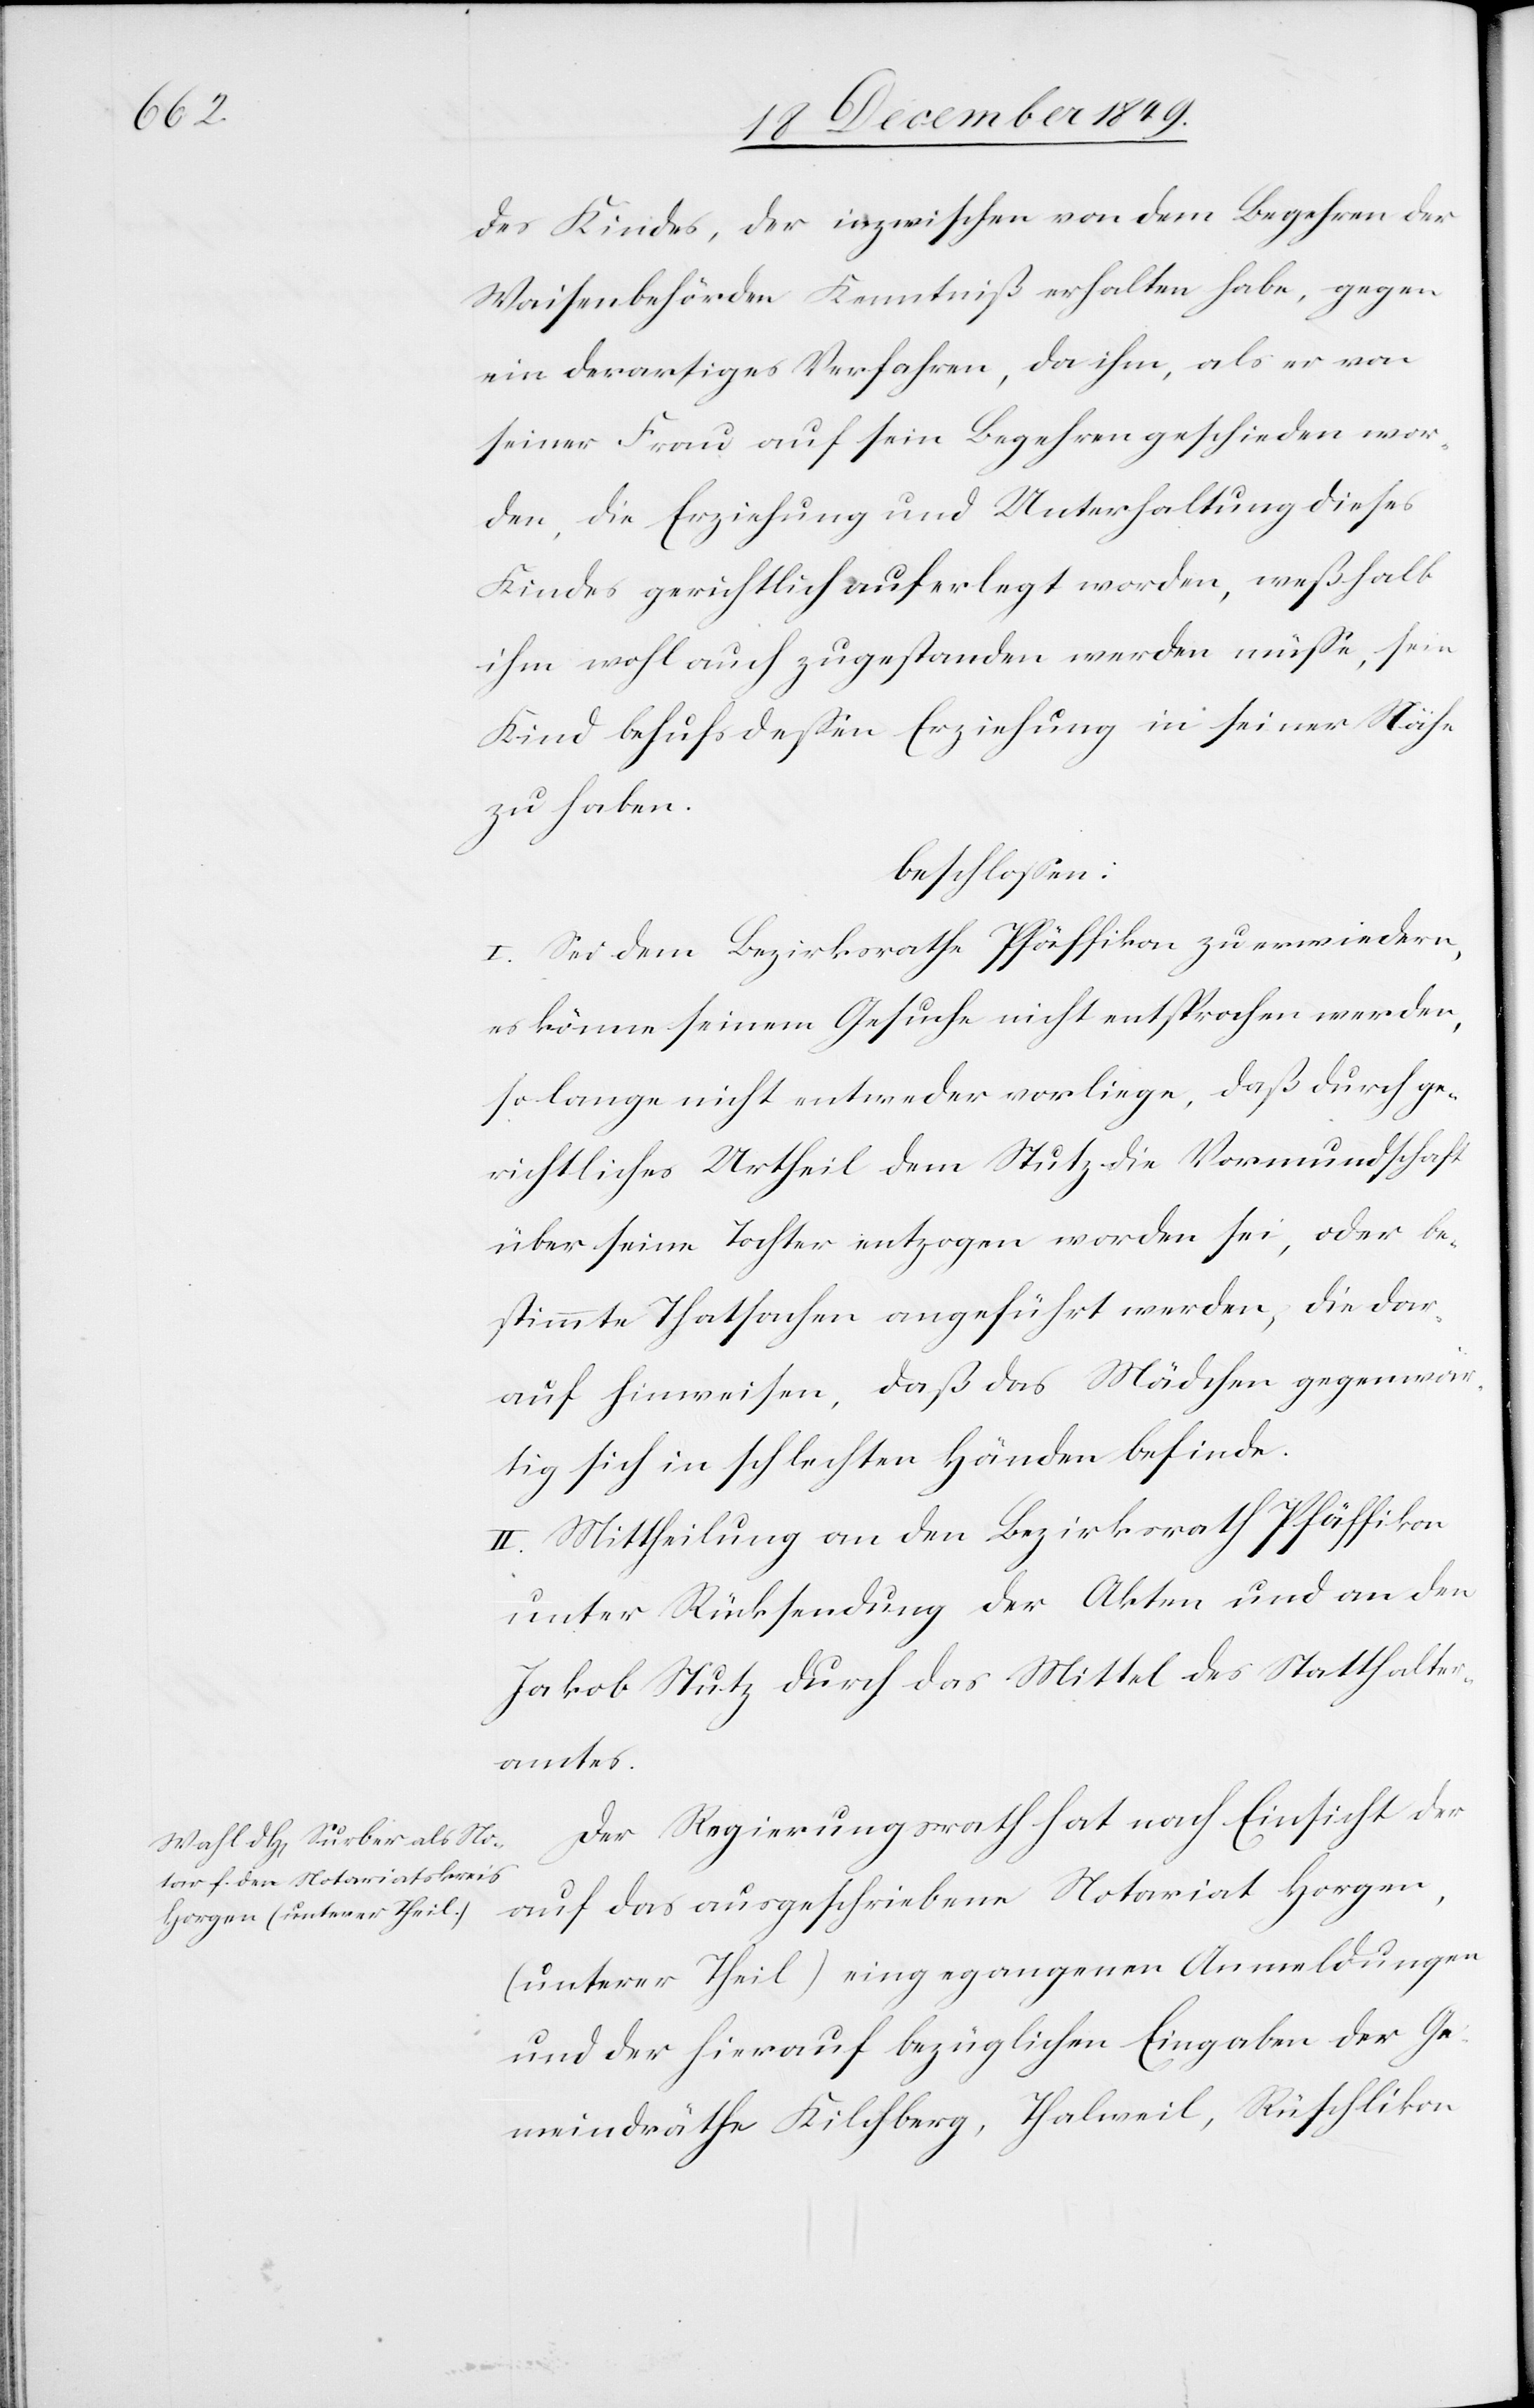
des Kindes, der inzwischen von dem Begehren der
Waisenbehörden Kenntniß erhalten habe, gegen
ein derartiges Verfahren, da ihm, als er von
seiner Frau auf sein Begehren geschieden wor¬
den, die Erziehung und Unterhaltung dieses
Kindes gerichtlich auferlegt worden, weßhalb
ihm wohl auch zugestanden werden müße, sein
Kind behufs deßen Erziehung in seiner Nähe
zu haben.
beschloßen:
I. Sei dem Bezirksrathe Pfäffikon zu erwiedern,
es könne seinem Gesuche nicht entsprochen werden,
so lange nicht entweder vorliege, daß durch ge¬
richtliches Urtheil dem Stutz die Vormundschaft
über seine Tochter entzogen worden sei, oder be¬
stimmte Thatsachen angeführt werden, die dar¬
auf hinweisen, daß das Mädchen gegenwär¬
tig sich in schlechten Händen befinde.
II. Mittheilung an den Bezirksrath Pfäffikon
unter Rücksendung der Akten und an den
Jakob Stutz durch das Mittel des Statthalter¬
amtes.
Der Regierungsrath hat nach Einsicht der
auf das ausgeschriebene Notariat Horgen,
(unterer Theil) eingegangenen Anmeldungen
und der hierauf bezüglichen Eingaben der Ge¬
meindräthe Kilchberg, Thalweil, Rüschlikon